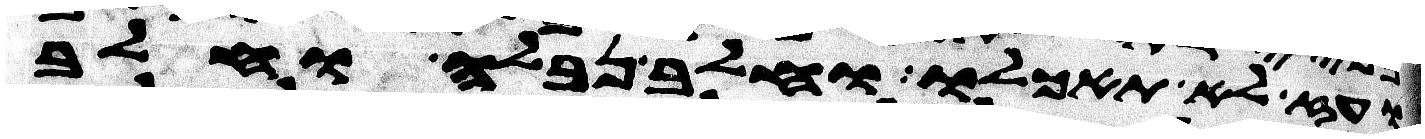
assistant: ועז לא תאכלו וחלב נבלה וחלב